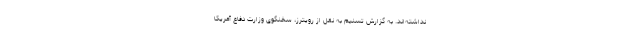
نداشته‌اند. به گزارش تسنیم به نقل از رویترز، سخنگوی وزارت دفاع آمریکا